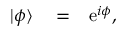
\begin{array} { r l r } { | \phi \rangle } & { { } = } & { \mathrm { e } ^ { i \phi } , } \end{array}